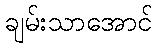
ချမ်းသာအောင်